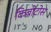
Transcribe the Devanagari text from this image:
किबोटोस